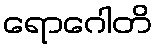
ရောဂေါတိ